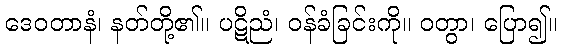
ဒေဝတာနံ၊ နတ်တို့၏။ ပဋိညံ၊ ဝန်ခံခြင်းကို။ ဝတွာ၊ ပြော၍။